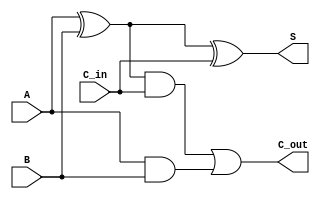
module full_adder(
    input   A         ,
    input   B         ,
    input   C_in      ,

    output  S         ,
    output  C_out     ,      
);
    assign S = A ^ B ^ C_in;
    assign C_out = ((A ^ B)&C_in) | (A&B) ;



endmodule